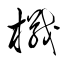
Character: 楫